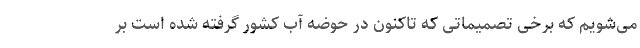
می‌شویم که برخی تصمیماتی که تاکنون در حوضه آب کشور گرفته شده است بر